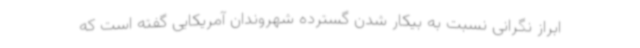
ابراز نگرانی نسبت به بیکار شدن گسترده شهروندان آمریکایی گفته است که